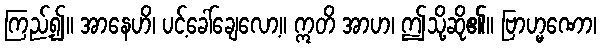
ကြည့်၍။ အာနေဟိ၊ ပင့်ခေါ်ချေလော့။ ဣတိ အာဟ၊ ဤသို့ဆို၏။ ဗြာဟ္မဏော၊